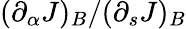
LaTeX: (\partial_{\alpha}J)_{B}/(\partial_{s}J)_{B}